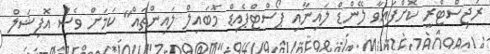
ރަޖިސްޓްރީ ކޮށްފައިވާ ލޭންޑް ލައިނާއި ޕޯސްޓްޕެއިޑް މޮބައިލް ލައިންތައް" ކަމަށް ވެސް އޮފިޝަލް